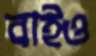
বাইও